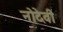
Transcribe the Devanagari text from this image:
नोदेवी